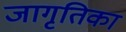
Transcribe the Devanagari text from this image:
जागृतिका